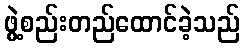
ဖွဲ့စည်းတည်ထောင်ခဲ့သည်